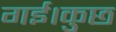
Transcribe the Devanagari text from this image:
गई।कुछ